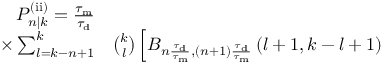
\begin{array} { r l } { P _ { n | k } ^ { \mathrm { ( i i ) } } = \frac { \tau _ { \mathrm { m } } } { \tau _ { \mathrm { d } } } } & { { } } \\ { \times \sum _ { l = k - n + 1 } ^ { k } } & { { } \binom { k } { l } \left[ B _ { n \frac { \tau _ { \mathrm { d } } } { \tau _ { \mathrm { m } } } , ( n + 1 ) \frac { \tau _ { \mathrm { d } } } { \tau _ { \mathrm { m } } } } \left( l + 1 , k - l + 1 \right) \right. } \end{array}